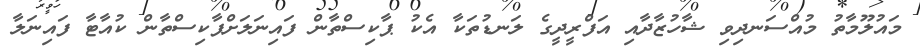
މައުލޫމާތު މުއްސަނދިވި ޝާހުޒާދާއި އަފްރީދީގެ ލަނޑުތަކާ އެކު ޕާކިސްތާން ފައިނަލަށްޕާކިސްތާން ކުއާޓާ ފައިނަލާ